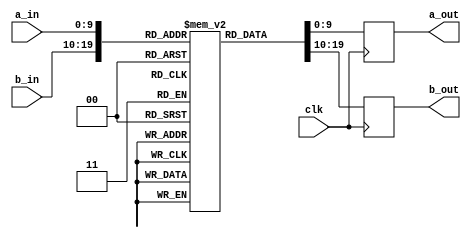
module odo_sbox_large5(clk, a_in, b_in, a_out, b_out);
    input clk;
    input [9:0] a_in;
    output reg [9:0] a_out;
    input [9:0] b_in;
    output reg [9:0] b_out;
    reg [9:0] mem[0:1023];
    always @(posedge clk) begin
        a_out <= mem[a_in];
        b_out <= mem[b_in];
    end
    initial begin
        mem[0] = 10'h103;
        mem[1] = 10'h384;
        mem[2] = 10'h2e6;
        mem[3] = 10'h08c;
        mem[4] = 10'h39d;
        mem[5] = 10'h343;
        mem[6] = 10'h1c5;
        mem[7] = 10'h084;
        mem[8] = 10'h1f0;
        mem[9] = 10'h0a9;
        mem[10] = 10'h2b7;
        mem[11] = 10'h218;
        mem[12] = 10'h1e6;
        mem[13] = 10'h288;
        mem[14] = 10'h3c6;
        mem[15] = 10'h21e;
        mem[16] = 10'h1be;
        mem[17] = 10'h35a;
        mem[18] = 10'h265;
        mem[19] = 10'h118;
        mem[20] = 10'h057;
        mem[21] = 10'h3cb;
        mem[22] = 10'h23e;
        mem[23] = 10'h05a;
        mem[24] = 10'h2da;
        mem[25] = 10'h0aa;
        mem[26] = 10'h128;
        mem[27] = 10'h0c4;
        mem[28] = 10'h352;
        mem[29] = 10'h2c8;
        mem[30] = 10'h0be;
        mem[31] = 10'h3f5;
        mem[32] = 10'h04c;
        mem[33] = 10'h396;
        mem[34] = 10'h195;
        mem[35] = 10'h145;
        mem[36] = 10'h0a5;
        mem[37] = 10'h3f3;
        mem[38] = 10'h1e1;
        mem[39] = 10'h06e;
        mem[40] = 10'h271;
        mem[41] = 10'h108;
        mem[42] = 10'h1c2;
        mem[43] = 10'h19a;
        mem[44] = 10'h2bf;
        mem[45] = 10'h0c8;
        mem[46] = 10'h1ea;
        mem[47] = 10'h309;
        mem[48] = 10'h170;
        mem[49] = 10'h220;
        mem[50] = 10'h1a0;
        mem[51] = 10'h098;
        mem[52] = 10'h125;
        mem[53] = 10'h2bc;
        mem[54] = 10'h12c;
        mem[55] = 10'h2e9;
        mem[56] = 10'h232;
        mem[57] = 10'h03f;
        mem[58] = 10'h0c9;
        mem[59] = 10'h3e3;
        mem[60] = 10'h045;
        mem[61] = 10'h30f;
        mem[62] = 10'h3c7;
        mem[63] = 10'h15b;
        mem[64] = 10'h031;
        mem[65] = 10'h1c8;
        mem[66] = 10'h187;
        mem[67] = 10'h039;
        mem[68] = 10'h04b;
        mem[69] = 10'h101;
        mem[70] = 10'h012;
        mem[71] = 10'h081;
        mem[72] = 10'h139;
        mem[73] = 10'h10f;
        mem[74] = 10'h391;
        mem[75] = 10'h1b9;
        mem[76] = 10'h0a0;
        mem[77] = 10'h2cc;
        mem[78] = 10'h0e9;
        mem[79] = 10'h0de;
        mem[80] = 10'h2ea;
        mem[81] = 10'h33b;
        mem[82] = 10'h191;
        mem[83] = 10'h2c9;
        mem[84] = 10'h3fe;
        mem[85] = 10'h2b5;
        mem[86] = 10'h36e;
        mem[87] = 10'h3a4;
        mem[88] = 10'h397;
        mem[89] = 10'h2c0;
        mem[90] = 10'h3dc;
        mem[91] = 10'h133;
        mem[92] = 10'h252;
        mem[93] = 10'h048;
        mem[94] = 10'h255;
        mem[95] = 10'h33a;
        mem[96] = 10'h0a6;
        mem[97] = 10'h152;
        mem[98] = 10'h149;
        mem[99] = 10'h138;
        mem[100] = 10'h1d1;
        mem[101] = 10'h242;
        mem[102] = 10'h0ec;
        mem[103] = 10'h0ee;
        mem[104] = 10'h003;
        mem[105] = 10'h1fc;
        mem[106] = 10'h2f5;
        mem[107] = 10'h104;
        mem[108] = 10'h39c;
        mem[109] = 10'h0e0;
        mem[110] = 10'h18a;
        mem[111] = 10'h23c;
        mem[112] = 10'h0a3;
        mem[113] = 10'h240;
        mem[114] = 10'h006;
        mem[115] = 10'h03e;
        mem[116] = 10'h12e;
        mem[117] = 10'h338;
        mem[118] = 10'h2df;
        mem[119] = 10'h047;
        mem[120] = 10'h32d;
        mem[121] = 10'h261;
        mem[122] = 10'h2a4;
        mem[123] = 10'h25c;
        mem[124] = 10'h22a;
        mem[125] = 10'h1d9;
        mem[126] = 10'h079;
        mem[127] = 10'h112;
        mem[128] = 10'h3d8;
        mem[129] = 10'h075;
        mem[130] = 10'h221;
        mem[131] = 10'h276;
        mem[132] = 10'h22f;
        mem[133] = 10'h1fb;
        mem[134] = 10'h26a;
        mem[135] = 10'h2c2;
        mem[136] = 10'h1a2;
        mem[137] = 10'h028;
        mem[138] = 10'h07a;
        mem[139] = 10'h353;
        mem[140] = 10'h03b;
        mem[141] = 10'h291;
        mem[142] = 10'h110;
        mem[143] = 10'h1b8;
        mem[144] = 10'h2ba;
        mem[145] = 10'h2c4;
        mem[146] = 10'h284;
        mem[147] = 10'h011;
        mem[148] = 10'h3a8;
        mem[149] = 10'h2cf;
        mem[150] = 10'h08f;
        mem[151] = 10'h364;
        mem[152] = 10'h2d0;
        mem[153] = 10'h026;
        mem[154] = 10'h19f;
        mem[155] = 10'h30e;
        mem[156] = 10'h2f3;
        mem[157] = 10'h2a9;
        mem[158] = 10'h185;
        mem[159] = 10'h222;
        mem[160] = 10'h368;
        mem[161] = 10'h085;
        mem[162] = 10'h09f;
        mem[163] = 10'h1f7;
        mem[164] = 10'h350;
        mem[165] = 10'h31f;
        mem[166] = 10'h1b3;
        mem[167] = 10'h07c;
        mem[168] = 10'h31e;
        mem[169] = 10'h29b;
        mem[170] = 10'h1a7;
        mem[171] = 10'h372;
        mem[172] = 10'h2a8;
        mem[173] = 10'h2f7;
        mem[174] = 10'h229;
        mem[175] = 10'h063;
        mem[176] = 10'h09a;
        mem[177] = 10'h2f1;
        mem[178] = 10'h15a;
        mem[179] = 10'h0b0;
        mem[180] = 10'h0e7;
        mem[181] = 10'h27d;
        mem[182] = 10'h3a2;
        mem[183] = 10'h038;
        mem[184] = 10'h3b5;
        mem[185] = 10'h29c;
        mem[186] = 10'h001;
        mem[187] = 10'h1df;
        mem[188] = 10'h1de;
        mem[189] = 10'h06f;
        mem[190] = 10'h0b2;
        mem[191] = 10'h319;
        mem[192] = 10'h1b6;
        mem[193] = 10'h1d3;
        mem[194] = 10'h3ed;
        mem[195] = 10'h30b;
        mem[196] = 10'h24d;
        mem[197] = 10'h088;
        mem[198] = 10'h3a1;
        mem[199] = 10'h23f;
        mem[200] = 10'h354;
        mem[201] = 10'h27e;
        mem[202] = 10'h245;
        mem[203] = 10'h0ce;
        mem[204] = 10'h377;
        mem[205] = 10'h07f;
        mem[206] = 10'h386;
        mem[207] = 10'h283;
        mem[208] = 10'h0ad;
        mem[209] = 10'h180;
        mem[210] = 10'h11c;
        mem[211] = 10'h13d;
        mem[212] = 10'h019;
        mem[213] = 10'h349;
        mem[214] = 10'h320;
        mem[215] = 10'h080;
        mem[216] = 10'h096;
        mem[217] = 10'h1f3;
        mem[218] = 10'h3d2;
        mem[219] = 10'h325;
        mem[220] = 10'h059;
        mem[221] = 10'h3f7;
        mem[222] = 10'h06a;
        mem[223] = 10'h3b2;
        mem[224] = 10'h0b8;
        mem[225] = 10'h09d;
        mem[226] = 10'h05e;
        mem[227] = 10'h304;
        mem[228] = 10'h1f8;
        mem[229] = 10'h109;
        mem[230] = 10'h3f8;
        mem[231] = 10'h37e;
        mem[232] = 10'h06d;
        mem[233] = 10'h310;
        mem[234] = 10'h280;
        mem[235] = 10'h1a5;
        mem[236] = 10'h3bb;
        mem[237] = 10'h044;
        mem[238] = 10'h34b;
        mem[239] = 10'h077;
        mem[240] = 10'h200;
        mem[241] = 10'h086;
        mem[242] = 10'h04a;
        mem[243] = 10'h18d;
        mem[244] = 10'h127;
        mem[245] = 10'h173;
        mem[246] = 10'h300;
        mem[247] = 10'h296;
        mem[248] = 10'h0dc;
        mem[249] = 10'h398;
        mem[250] = 10'h14f;
        mem[251] = 10'h182;
        mem[252] = 10'h3d7;
        mem[253] = 10'h26b;
        mem[254] = 10'h270;
        mem[255] = 10'h33d;
        mem[256] = 10'h311;
        mem[257] = 10'h3e9;
        mem[258] = 10'h00b;
        mem[259] = 10'h0fe;
        mem[260] = 10'h0eb;
        mem[261] = 10'h0af;
        mem[262] = 10'h32b;
        mem[263] = 10'h093;
        mem[264] = 10'h3fc;
        mem[265] = 10'h0d3;
        mem[266] = 10'h322;
        mem[267] = 10'h022;
        mem[268] = 10'h11e;
        mem[269] = 10'h3a6;
        mem[270] = 10'h3a7;
        mem[271] = 10'h12d;
        mem[272] = 10'h030;
        mem[273] = 10'h263;
        mem[274] = 10'h1c4;
        mem[275] = 10'h068;
        mem[276] = 10'h2b6;
        mem[277] = 10'h226;
        mem[278] = 10'h27a;
        mem[279] = 10'h20a;
        mem[280] = 10'h335;
        mem[281] = 10'h231;
        mem[282] = 10'h326;
        mem[283] = 10'h22e;
        mem[284] = 10'h3e1;
        mem[285] = 10'h16b;
        mem[286] = 10'h137;
        mem[287] = 10'h04f;
        mem[288] = 10'h215;
        mem[289] = 10'h143;
        mem[290] = 10'h33e;
        mem[291] = 10'h2a3;
        mem[292] = 10'h237;
        mem[293] = 10'h367;
        mem[294] = 10'h018;
        mem[295] = 10'h1a4;
        mem[296] = 10'h31c;
        mem[297] = 10'h07b;
        mem[298] = 10'h142;
        mem[299] = 10'h285;
        mem[300] = 10'h09e;
        mem[301] = 10'h100;
        mem[302] = 10'h22b;
        mem[303] = 10'h2b9;
        mem[304] = 10'h040;
        mem[305] = 10'h3ef;
        mem[306] = 10'h1b7;
        mem[307] = 10'h36a;
        mem[308] = 10'h28c;
        mem[309] = 10'h107;
        mem[310] = 10'h28a;
        mem[311] = 10'h2e8;
        mem[312] = 10'h184;
        mem[313] = 10'h0dd;
        mem[314] = 10'h12a;
        mem[315] = 10'h0bf;
        mem[316] = 10'h3d3;
        mem[317] = 10'h3bf;
        mem[318] = 10'h3a3;
        mem[319] = 10'h32e;
        mem[320] = 10'h399;
        mem[321] = 10'h0f7;
        mem[322] = 10'h105;
        mem[323] = 10'h3b4;
        mem[324] = 10'h14b;
        mem[325] = 10'h122;
        mem[326] = 10'h3c8;
        mem[327] = 10'h0bd;
        mem[328] = 10'h15d;
        mem[329] = 10'h01d;
        mem[330] = 10'h095;
        mem[331] = 10'h334;
        mem[332] = 10'h157;
        mem[333] = 10'h3a5;
        mem[334] = 10'h2c5;
        mem[335] = 10'h17a;
        mem[336] = 10'h0e4;
        mem[337] = 10'h192;
        mem[338] = 10'h156;
        mem[339] = 10'h10a;
        mem[340] = 10'h166;
        mem[341] = 10'h094;
        mem[342] = 10'h321;
        mem[343] = 10'h204;
        mem[344] = 10'h00e;
        mem[345] = 10'h1cd;
        mem[346] = 10'h35d;
        mem[347] = 10'h360;
        mem[348] = 10'h297;
        mem[349] = 10'h2f4;
        mem[350] = 10'h37a;
        mem[351] = 10'h2de;
        mem[352] = 10'h268;
        mem[353] = 10'h1a8;
        mem[354] = 10'h2b4;
        mem[355] = 10'h0ae;
        mem[356] = 10'h017;
        mem[357] = 10'h35f;
        mem[358] = 10'h196;
        mem[359] = 10'h3ad;
        mem[360] = 10'h239;
        mem[361] = 10'h235;
        mem[362] = 10'h1bb;
        mem[363] = 10'h0a8;
        mem[364] = 10'h35b;
        mem[365] = 10'h3d5;
        mem[366] = 10'h25f;
        mem[367] = 10'h206;
        mem[368] = 10'h0a7;
        mem[369] = 10'h264;
        mem[370] = 10'h37d;
        mem[371] = 10'h31a;
        mem[372] = 10'h193;
        mem[373] = 10'h0b4;
        mem[374] = 10'h163;
        mem[375] = 10'h070;
        mem[376] = 10'h17b;
        mem[377] = 10'h277;
        mem[378] = 10'h020;
        mem[379] = 10'h0c5;
        mem[380] = 10'h35c;
        mem[381] = 10'h36c;
        mem[382] = 10'h11b;
        mem[383] = 10'h015;
        mem[384] = 10'h38d;
        mem[385] = 10'h3ff;
        mem[386] = 10'h021;
        mem[387] = 10'h0ab;
        mem[388] = 10'h295;
        mem[389] = 10'h2f0;
        mem[390] = 10'h362;
        mem[391] = 10'h340;
        mem[392] = 10'h043;
        mem[393] = 10'h298;
        mem[394] = 10'h1da;
        mem[395] = 10'h0fc;
        mem[396] = 10'h344;
        mem[397] = 10'h302;
        mem[398] = 10'h3f9;
        mem[399] = 10'h1cf;
        mem[400] = 10'h2ab;
        mem[401] = 10'h15e;
        mem[402] = 10'h257;
        mem[403] = 10'h0b5;
        mem[404] = 10'h17e;
        mem[405] = 10'h253;
        mem[406] = 10'h1c0;
        mem[407] = 10'h22c;
        mem[408] = 10'h0ba;
        mem[409] = 10'h36d;
        mem[410] = 10'h275;
        mem[411] = 10'h0f2;
        mem[412] = 10'h3b1;
        mem[413] = 10'h056;
        mem[414] = 10'h3e0;
        mem[415] = 10'h014;
        mem[416] = 10'h119;
        mem[417] = 10'h178;
        mem[418] = 10'h294;
        mem[419] = 10'h3e7;
        mem[420] = 10'h13f;
        mem[421] = 10'h3cf;
        mem[422] = 10'h379;
        mem[423] = 10'h2e2;
        mem[424] = 10'h3b7;
        mem[425] = 10'h3f1;
        mem[426] = 10'h005;
        mem[427] = 10'h008;
        mem[428] = 10'h18c;
        mem[429] = 10'h066;
        mem[430] = 10'h0fa;
        mem[431] = 10'h1af;
        mem[432] = 10'h3ac;
        mem[433] = 10'h342;
        mem[434] = 10'h2b0;
        mem[435] = 10'h301;
        mem[436] = 10'h380;
        mem[437] = 10'h25b;
        mem[438] = 10'h27f;
        mem[439] = 10'h286;
        mem[440] = 10'h383;
        mem[441] = 10'h258;
        mem[442] = 10'h111;
        mem[443] = 10'h02e;
        mem[444] = 10'h331;
        mem[445] = 10'h28e;
        mem[446] = 10'h2f2;
        mem[447] = 10'h256;
        mem[448] = 10'h31d;
        mem[449] = 10'h2a0;
        mem[450] = 10'h176;
        mem[451] = 10'h089;
        mem[452] = 10'h21f;
        mem[453] = 10'h371;
        mem[454] = 10'h3d0;
        mem[455] = 10'h272;
        mem[456] = 10'h1a9;
        mem[457] = 10'h042;
        mem[458] = 10'h14d;
        mem[459] = 10'h1c3;
        mem[460] = 10'h05b;
        mem[461] = 10'h24b;
        mem[462] = 10'h2b1;
        mem[463] = 10'h2d8;
        mem[464] = 10'h22d;
        mem[465] = 10'h369;
        mem[466] = 10'h330;
        mem[467] = 10'h097;
        mem[468] = 10'h073;
        mem[469] = 10'h161;
        mem[470] = 10'h38e;
        mem[471] = 10'h029;
        mem[472] = 10'h027;
        mem[473] = 10'h0d5;
        mem[474] = 10'h062;
        mem[475] = 10'h211;
        mem[476] = 10'h099;
        mem[477] = 10'h058;
        mem[478] = 10'h305;
        mem[479] = 10'h1a1;
        mem[480] = 10'h1e3;
        mem[481] = 10'h1f9;
        mem[482] = 10'h090;
        mem[483] = 10'h385;
        mem[484] = 10'h179;
        mem[485] = 10'h2bb;
        mem[486] = 10'h024;
        mem[487] = 10'h1ab;
        mem[488] = 10'h13a;
        mem[489] = 10'h154;
        mem[490] = 10'h126;
        mem[491] = 10'h370;
        mem[492] = 10'h303;
        mem[493] = 10'h210;
        mem[494] = 10'h21b;
        mem[495] = 10'h1e8;
        mem[496] = 10'h0cf;
        mem[497] = 10'h373;
        mem[498] = 10'h1aa;
        mem[499] = 10'h273;
        mem[500] = 10'h3cd;
        mem[501] = 10'h18f;
        mem[502] = 10'h214;
        mem[503] = 10'h1b4;
        mem[504] = 10'h08d;
        mem[505] = 10'h013;
        mem[506] = 10'h106;
        mem[507] = 10'h316;
        mem[508] = 10'h3a9;
        mem[509] = 10'h17f;
        mem[510] = 10'h1fa;
        mem[511] = 10'h357;
        mem[512] = 10'h19c;
        mem[513] = 10'h3d4;
        mem[514] = 10'h2dd;
        mem[515] = 10'h0c6;
        mem[516] = 10'h217;
        mem[517] = 10'h395;
        mem[518] = 10'h207;
        mem[519] = 10'h3e2;
        mem[520] = 10'h117;
        mem[521] = 10'h3c4;
        mem[522] = 10'h1d0;
        mem[523] = 10'h250;
        mem[524] = 10'h050;
        mem[525] = 10'h26d;
        mem[526] = 10'h1c1;
        mem[527] = 10'h28b;
        mem[528] = 10'h375;
        mem[529] = 10'h060;
        mem[530] = 10'h046;
        mem[531] = 10'h0e6;
        mem[532] = 10'h3aa;
        mem[533] = 10'h293;
        mem[534] = 10'h216;
        mem[535] = 10'h0f9;
        mem[536] = 10'h032;
        mem[537] = 10'h38f;
        mem[538] = 10'h3d1;
        mem[539] = 10'h11d;
        mem[540] = 10'h1b2;
        mem[541] = 10'h121;
        mem[542] = 10'h0c0;
        mem[543] = 10'h25e;
        mem[544] = 10'h189;
        mem[545] = 10'h31b;
        mem[546] = 10'h1e0;
        mem[547] = 10'h2c3;
        mem[548] = 10'h00a;
        mem[549] = 10'h3dd;
        mem[550] = 10'h2f6;
        mem[551] = 10'h3fa;
        mem[552] = 10'h0d1;
        mem[553] = 10'h0ed;
        mem[554] = 10'h212;
        mem[555] = 10'h2a1;
        mem[556] = 10'h11a;
        mem[557] = 10'h0e1;
        mem[558] = 10'h290;
        mem[559] = 10'h3f4;
        mem[560] = 10'h172;
        mem[561] = 10'h205;
        mem[562] = 10'h054;
        mem[563] = 10'h09b;
        mem[564] = 10'h34d;
        mem[565] = 10'h3ae;
        mem[566] = 10'h1f4;
        mem[567] = 10'h287;
        mem[568] = 10'h1e9;
        mem[569] = 10'h233;
        mem[570] = 10'h3f6;
        mem[571] = 10'h091;
        mem[572] = 10'h279;
        mem[573] = 10'h067;
        mem[574] = 10'h129;
        mem[575] = 10'h055;
        mem[576] = 10'h2b3;
        mem[577] = 10'h2eb;
        mem[578] = 10'h36f;
        mem[579] = 10'h1c6;
        mem[580] = 10'h2cd;
        mem[581] = 10'h2ac;
        mem[582] = 10'h14e;
        mem[583] = 10'h16a;
        mem[584] = 10'h382;
        mem[585] = 10'h0a1;
        mem[586] = 10'h289;
        mem[587] = 10'h246;
        mem[588] = 10'h3fb;
        mem[589] = 10'h02c;
        mem[590] = 10'h1b0;
        mem[591] = 10'h356;
        mem[592] = 10'h148;
        mem[593] = 10'h144;
        mem[594] = 10'h2aa;
        mem[595] = 10'h34c;
        mem[596] = 10'h38c;
        mem[597] = 10'h033;
        mem[598] = 10'h315;
        mem[599] = 10'h07d;
        mem[600] = 10'h3b3;
        mem[601] = 10'h1a3;
        mem[602] = 10'h27b;
        mem[603] = 10'h16e;
        mem[604] = 10'h3fd;
        mem[605] = 10'h0cc;
        mem[606] = 10'h113;
        mem[607] = 10'h135;
        mem[608] = 10'h10c;
        mem[609] = 10'h169;
        mem[610] = 10'h333;
        mem[611] = 10'h1d6;
        mem[612] = 10'h238;
        mem[613] = 10'h124;
        mem[614] = 10'h132;
        mem[615] = 10'h1e2;
        mem[616] = 10'h1cc;
        mem[617] = 10'h1d5;
        mem[618] = 10'h3af;
        mem[619] = 10'h0d9;
        mem[620] = 10'h0f1;
        mem[621] = 10'h08e;
        mem[622] = 10'h378;
        mem[623] = 10'h3ea;
        mem[624] = 10'h3ca;
        mem[625] = 10'h102;
        mem[626] = 10'h3ab;
        mem[627] = 10'h38b;
        mem[628] = 10'h376;
        mem[629] = 10'h188;
        mem[630] = 10'h12b;
        mem[631] = 10'h158;
        mem[632] = 10'h36b;
        mem[633] = 10'h09c;
        mem[634] = 10'h136;
        mem[635] = 10'h147;
        mem[636] = 10'h20b;
        mem[637] = 10'h393;
        mem[638] = 10'h2c7;
        mem[639] = 10'h2ad;
        mem[640] = 10'h208;
        mem[641] = 10'h2dc;
        mem[642] = 10'h199;
        mem[643] = 10'h1d8;
        mem[644] = 10'h072;
        mem[645] = 10'h02f;
        mem[646] = 10'h1f6;
        mem[647] = 10'h230;
        mem[648] = 10'h2a5;
        mem[649] = 10'h225;
        mem[650] = 10'h3f2;
        mem[651] = 10'h21a;
        mem[652] = 10'h37f;
        mem[653] = 10'h2a6;
        mem[654] = 10'h1bf;
        mem[655] = 10'h052;
        mem[656] = 10'h1ba;
        mem[657] = 10'h2c6;
        mem[658] = 10'h30d;
        mem[659] = 10'h332;
        mem[660] = 10'h016;
        mem[661] = 10'h0b7;
        mem[662] = 10'h244;
        mem[663] = 10'h2d9;
        mem[664] = 10'h2af;
        mem[665] = 10'h0d6;
        mem[666] = 10'h2ef;
        mem[667] = 10'h313;
        mem[668] = 10'h02d;
        mem[669] = 10'h3c2;
        mem[670] = 10'h05d;
        mem[671] = 10'h282;
        mem[672] = 10'h2d1;
        mem[673] = 10'h19e;
        mem[674] = 10'h1fd;
        mem[675] = 10'h34a;
        mem[676] = 10'h2ae;
        mem[677] = 10'h0ef;
        mem[678] = 10'h04e;
        mem[679] = 10'h308;
        mem[680] = 10'h18b;
        mem[681] = 10'h115;
        mem[682] = 10'h3c0;
        mem[683] = 10'h19d;
        mem[684] = 10'h351;
        mem[685] = 10'h306;
        mem[686] = 10'h17d;
        mem[687] = 10'h0f5;
        mem[688] = 10'h3e8;
        mem[689] = 10'h0a2;
        mem[690] = 10'h00c;
        mem[691] = 10'h361;
        mem[692] = 10'h141;
        mem[693] = 10'h0da;
        mem[694] = 10'h2be;
        mem[695] = 10'h3bc;
        mem[696] = 10'h312;
        mem[697] = 10'h314;
        mem[698] = 10'h15c;
        mem[699] = 10'h39f;
        mem[700] = 10'h3eb;
        mem[701] = 10'h002;
        mem[702] = 10'h3c5;
        mem[703] = 10'h328;
        mem[704] = 10'h0c1;
        mem[705] = 10'h2e0;
        mem[706] = 10'h186;
        mem[707] = 10'h2d3;
        mem[708] = 10'h1ed;
        mem[709] = 10'h0ea;
        mem[710] = 10'h155;
        mem[711] = 10'h25d;
        mem[712] = 10'h247;
        mem[713] = 10'h1e7;
        mem[714] = 10'h1b5;
        mem[715] = 10'h08a;
        mem[716] = 10'h146;
        mem[717] = 10'h0fb;
        mem[718] = 10'h3ce;
        mem[719] = 10'h3ba;
        mem[720] = 10'h174;
        mem[721] = 10'h168;
        mem[722] = 10'h01e;
        mem[723] = 10'h123;
        mem[724] = 10'h0c2;
        mem[725] = 10'h004;
        mem[726] = 10'h0c3;
        mem[727] = 10'h164;
        mem[728] = 10'h387;
        mem[729] = 10'h381;
        mem[730] = 10'h19b;
        mem[731] = 10'h2d4;
        mem[732] = 10'h1c7;
        mem[733] = 10'h1bc;
        mem[734] = 10'h01f;
        mem[735] = 10'h2e4;
        mem[736] = 10'h02a;
        mem[737] = 10'h069;
        mem[738] = 10'h26e;
        mem[739] = 10'h278;
        mem[740] = 10'h14c;
        mem[741] = 10'h114;
        mem[742] = 10'h1f2;
        mem[743] = 10'h3b0;
        mem[744] = 10'h33f;
        mem[745] = 10'h23a;
        mem[746] = 10'h1d2;
        mem[747] = 10'h3d9;
        mem[748] = 10'h010;
        mem[749] = 10'h1c9;
        mem[750] = 10'h336;
        mem[751] = 10'h37b;
        mem[752] = 10'h05c;
        mem[753] = 10'h078;
        mem[754] = 10'h3ec;
        mem[755] = 10'h134;
        mem[756] = 10'h2d7;
        mem[757] = 10'h236;
        mem[758] = 10'h259;
        mem[759] = 10'h227;
        mem[760] = 10'h037;
        mem[761] = 10'h17c;
        mem[762] = 10'h11f;
        mem[763] = 10'h071;
        mem[764] = 10'h162;
        mem[765] = 10'h234;
        mem[766] = 10'h3e4;
        mem[767] = 10'h1e4;
        mem[768] = 10'h0ff;
        mem[769] = 10'h30a;
        mem[770] = 10'h3de;
        mem[771] = 10'h2ff;
        mem[772] = 10'h18e;
        mem[773] = 10'h34e;
        mem[774] = 10'h065;
        mem[775] = 10'h16c;
        mem[776] = 10'h346;
        mem[777] = 10'h12f;
        mem[778] = 10'h249;
        mem[779] = 10'h00f;
        mem[780] = 10'h266;
        mem[781] = 10'h26f;
        mem[782] = 10'h051;
        mem[783] = 10'h2fd;
        mem[784] = 10'h035;
        mem[785] = 10'h0f3;
        mem[786] = 10'h3e6;
        mem[787] = 10'h28d;
        mem[788] = 10'h32f;
        mem[789] = 10'h327;
        mem[790] = 10'h181;
        mem[791] = 10'h116;
        mem[792] = 10'h165;
        mem[793] = 10'h0b6;
        mem[794] = 10'h0c7;
        mem[795] = 10'h05f;
        mem[796] = 10'h0f6;
        mem[797] = 10'h08b;
        mem[798] = 10'h347;
        mem[799] = 10'h1f1;
        mem[800] = 10'h1ad;
        mem[801] = 10'h26c;
        mem[802] = 10'h190;
        mem[803] = 10'h243;
        mem[804] = 10'h2ca;
        mem[805] = 10'h241;
        mem[806] = 10'h281;
        mem[807] = 10'h087;
        mem[808] = 10'h203;
        mem[809] = 10'h0ca;
        mem[810] = 10'h1d4;
        mem[811] = 10'h29f;
        mem[812] = 10'h167;
        mem[813] = 10'h1b1;
        mem[814] = 10'h197;
        mem[815] = 10'h20f;
        mem[816] = 10'h38a;
        mem[817] = 10'h1a6;
        mem[818] = 10'h318;
        mem[819] = 10'h323;
        mem[820] = 10'h339;
        mem[821] = 10'h3b8;
        mem[822] = 10'h0d2;
        mem[823] = 10'h2fb;
        mem[824] = 10'h1ce;
        mem[825] = 10'h2ed;
        mem[826] = 10'h2d2;
        mem[827] = 10'h061;
        mem[828] = 10'h37c;
        mem[829] = 10'h24f;
        mem[830] = 10'h1db;
        mem[831] = 10'h1dc;
        mem[832] = 10'h120;
        mem[833] = 10'h24e;
        mem[834] = 10'h29d;
        mem[835] = 10'h082;
        mem[836] = 10'h1ff;
        mem[837] = 10'h16f;
        mem[838] = 10'h219;
        mem[839] = 10'h317;
        mem[840] = 10'h262;
        mem[841] = 10'h355;
        mem[842] = 10'h0cd;
        mem[843] = 10'h151;
        mem[844] = 10'h3db;
        mem[845] = 10'h32c;
        mem[846] = 10'h0e8;
        mem[847] = 10'h254;
        mem[848] = 10'h269;
        mem[849] = 10'h198;
        mem[850] = 10'h1ca;
        mem[851] = 10'h076;
        mem[852] = 10'h348;
        mem[853] = 10'h159;
        mem[854] = 10'h223;
        mem[855] = 10'h2fa;
        mem[856] = 10'h025;
        mem[857] = 10'h023;
        mem[858] = 10'h2e5;
        mem[859] = 10'h20c;
        mem[860] = 10'h13e;
        mem[861] = 10'h03d;
        mem[862] = 10'h0e2;
        mem[863] = 10'h251;
        mem[864] = 10'h20e;
        mem[865] = 10'h27c;
        mem[866] = 10'h1ae;
        mem[867] = 10'h175;
        mem[868] = 10'h036;
        mem[869] = 10'h213;
        mem[870] = 10'h1bd;
        mem[871] = 10'h130;
        mem[872] = 10'h392;
        mem[873] = 10'h3da;
        mem[874] = 10'h007;
        mem[875] = 10'h1ef;
        mem[876] = 10'h0bb;
        mem[877] = 10'h14a;
        mem[878] = 10'h053;
        mem[879] = 10'h1cb;
        mem[880] = 10'h0f0;
        mem[881] = 10'h329;
        mem[882] = 10'h0e3;
        mem[883] = 10'h194;
        mem[884] = 10'h3b6;
        mem[885] = 10'h01c;
        mem[886] = 10'h292;
        mem[887] = 10'h01b;
        mem[888] = 10'h2a7;
        mem[889] = 10'h25a;
        mem[890] = 10'h13b;
        mem[891] = 10'h2f8;
        mem[892] = 10'h337;
        mem[893] = 10'h201;
        mem[894] = 10'h2fc;
        mem[895] = 10'h0f4;
        mem[896] = 10'h21d;
        mem[897] = 10'h224;
        mem[898] = 10'h3df;
        mem[899] = 10'h1e5;
        mem[900] = 10'h150;
        mem[901] = 10'h1ec;
        mem[902] = 10'h183;
        mem[903] = 10'h32a;
        mem[904] = 10'h0d7;
        mem[905] = 10'h3b9;
        mem[906] = 10'h2e7;
        mem[907] = 10'h06b;
        mem[908] = 10'h35e;
        mem[909] = 10'h0bc;
        mem[910] = 10'h3cc;
        mem[911] = 10'h374;
        mem[912] = 10'h0d8;
        mem[913] = 10'h2a2;
        mem[914] = 10'h083;
        mem[915] = 10'h3d6;
        mem[916] = 10'h3c9;
        mem[917] = 10'h07e;
        mem[918] = 10'h2ce;
        mem[919] = 10'h23d;
        mem[920] = 10'h0b1;
        mem[921] = 10'h2e1;
        mem[922] = 10'h092;
        mem[923] = 10'h04d;
        mem[924] = 10'h0d0;
        mem[925] = 10'h01a;
        mem[926] = 10'h341;
        mem[927] = 10'h29e;
        mem[928] = 10'h1f5;
        mem[929] = 10'h0b9;
        mem[930] = 10'h140;
        mem[931] = 10'h1eb;
        mem[932] = 10'h24a;
        mem[933] = 10'h13c;
        mem[934] = 10'h28f;
        mem[935] = 10'h10e;
        mem[936] = 10'h0fd;
        mem[937] = 10'h00d;
        mem[938] = 10'h0cb;
        mem[939] = 10'h3bd;
        mem[940] = 10'h131;
        mem[941] = 10'h3c3;
        mem[942] = 10'h034;
        mem[943] = 10'h21c;
        mem[944] = 10'h03c;
        mem[945] = 10'h0b3;
        mem[946] = 10'h049;
        mem[947] = 10'h39b;
        mem[948] = 10'h23b;
        mem[949] = 10'h274;
        mem[950] = 10'h33c;
        mem[951] = 10'h228;
        mem[952] = 10'h2c1;
        mem[953] = 10'h359;
        mem[954] = 10'h3a0;
        mem[955] = 10'h02b;
        mem[956] = 10'h390;
        mem[957] = 10'h24c;
        mem[958] = 10'h2cb;
        mem[959] = 10'h10d;
        mem[960] = 10'h0db;
        mem[961] = 10'h1d7;
        mem[962] = 10'h1ac;
        mem[963] = 10'h39e;
        mem[964] = 10'h2b2;
        mem[965] = 10'h202;
        mem[966] = 10'h2e3;
        mem[967] = 10'h160;
        mem[968] = 10'h2ec;
        mem[969] = 10'h16d;
        mem[970] = 10'h2bd;
        mem[971] = 10'h389;
        mem[972] = 10'h39a;
        mem[973] = 10'h074;
        mem[974] = 10'h34f;
        mem[975] = 10'h177;
        mem[976] = 10'h2fe;
        mem[977] = 10'h20d;
        mem[978] = 10'h30c;
        mem[979] = 10'h2f9;
        mem[980] = 10'h10b;
        mem[981] = 10'h363;
        mem[982] = 10'h307;
        mem[983] = 10'h2db;
        mem[984] = 10'h3ee;
        mem[985] = 10'h000;
        mem[986] = 10'h1dd;
        mem[987] = 10'h064;
        mem[988] = 10'h171;
        mem[989] = 10'h2d5;
        mem[990] = 10'h06c;
        mem[991] = 10'h358;
        mem[992] = 10'h3f0;
        mem[993] = 10'h345;
        mem[994] = 10'h0d4;
        mem[995] = 10'h209;
        mem[996] = 10'h1fe;
        mem[997] = 10'h3e5;
        mem[998] = 10'h1ee;
        mem[999] = 10'h03a;
        mem[1000] = 10'h388;
        mem[1001] = 10'h394;
        mem[1002] = 10'h365;
        mem[1003] = 10'h041;
        mem[1004] = 10'h366;
        mem[1005] = 10'h0ac;
        mem[1006] = 10'h0f8;
        mem[1007] = 10'h009;
        mem[1008] = 10'h15f;
        mem[1009] = 10'h299;
        mem[1010] = 10'h2d6;
        mem[1011] = 10'h324;
        mem[1012] = 10'h260;
        mem[1013] = 10'h2ee;
        mem[1014] = 10'h0df;
        mem[1015] = 10'h0e5;
        mem[1016] = 10'h0a4;
        mem[1017] = 10'h2b8;
        mem[1018] = 10'h3c1;
        mem[1019] = 10'h267;
        mem[1020] = 10'h153;
        mem[1021] = 10'h29a;
        mem[1022] = 10'h3be;
        mem[1023] = 10'h248;
    end
endmodule